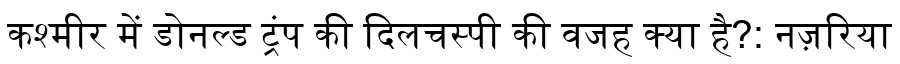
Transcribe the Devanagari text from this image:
कश्मीर में डोनल्ड ट्रंप की दिलचस्पी की वजह क्या है?: नज़रिया